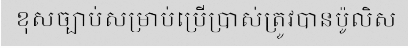
ខុសច្បាប់សម្រាប់ប្រើប្រាស់ត្រូវបានប៉ូលិស